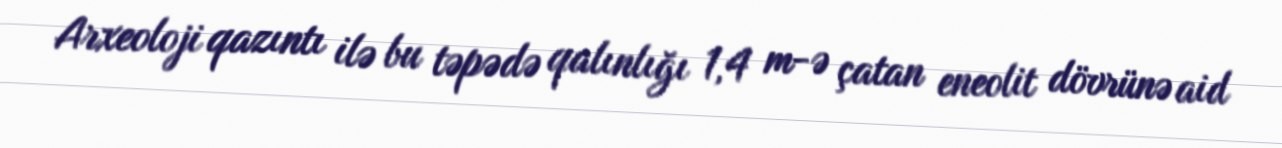
Arxeoloji qazıntı ilə bu təpədə qalınlığı 1,4 m-ə çatan eneolit dövrünə aid